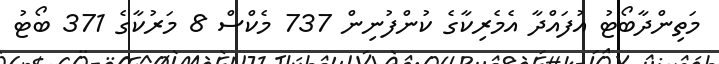
މަތިންދާބޯޓު އުފައްދާ އެމެރިކާގެ ކުންފުނިން 737 މެކްސް 8 މަރުކާގެ 371 ބޯޓު